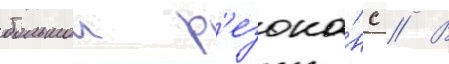
большои р'езона́нс // В